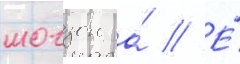
могзон а́ // Е́